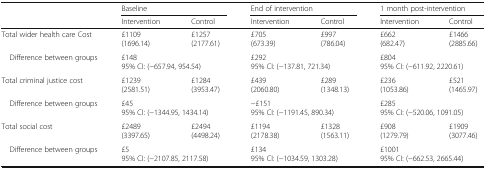
<table><thead><tr><td rowspan="2"></td><td colspan="2"><b>Baseline</b></td><td colspan="2"><b>End of intervention</b></td><td colspan="2"><b>1 month post-intervention</b></td></tr><tr><td><b>Intervention</b></td><td><b>Control</b></td><td><b>Intervention</b></td><td><b>Control</b></td><td><b>Intervention</b></td><td><b>Control</b></td></tr></thead><tbody><tr><td>Total wider health care Cost</td><td>£1109(1696.14)</td><td>£1257(2177.61)</td><td>£705(673.39)</td><td>£997(786.04)</td><td>£662(682.47)</td><td>£1466(2885.66)</td></tr><tr><td> Difference between groups</td><td colspan="2">£14895% CI: (−657.94, 954.54)</td><td colspan="2">£29295% CI: (−137.81, 721.34)</td><td colspan="2">£80495% CI: (−611.92, 2220.61)</td></tr><tr><td>Total criminal justice cost</td><td>£1239(2581.51)</td><td>£1284(3953.47)</td><td>£439(2060.80)</td><td>£289(1348.13)</td><td>£236(1053.86)</td><td>£521(1465.97)</td></tr><tr><td> Difference between groups</td><td colspan="2">£4595% CI: (−1344.95, 1434.14)</td><td colspan="2">−£15195% CI: (−1191.45, 890.34)</td><td colspan="2">£28595% CI: (−520.06, 1091.05)</td></tr><tr><td>Total social cost</td><td>£2489(3397.65)</td><td>£2494(4498.24)</td><td>£1194(2178.38)</td><td>£1328(1563.11)</td><td>£908(1279.79)</td><td>£1909(3077.46)</td></tr><tr><td> Difference between groups</td><td colspan="2">£595% CI: (−2107.85, 2117.58)</td><td colspan="2">£13495% CI: (−1034.59, 1303.28)</td><td colspan="2">£100195% CI: (−662.53, 2665.44)</td></tr></tbody></table>